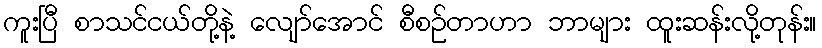
ကူးပြီ စာသင်ငယ်တို့နဲ့ လျော်အောင် စီစဉ်တာဟာ ဘာများ ထူးဆန်းလို့တုန်း။